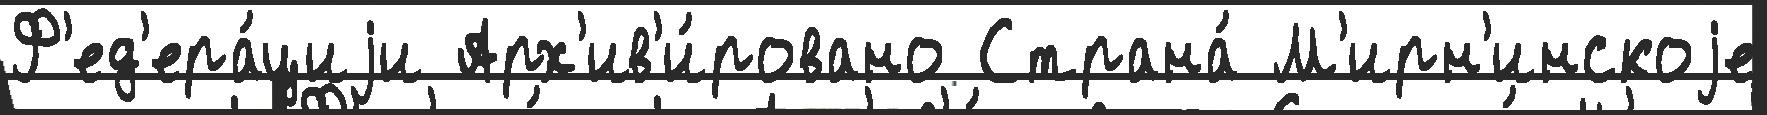
Ф'ед'ера́циjи Арх'ив'и́ровано Страна́ М'ирн'инскоjе